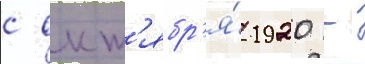
с окт'ябр'я́ 1920 -